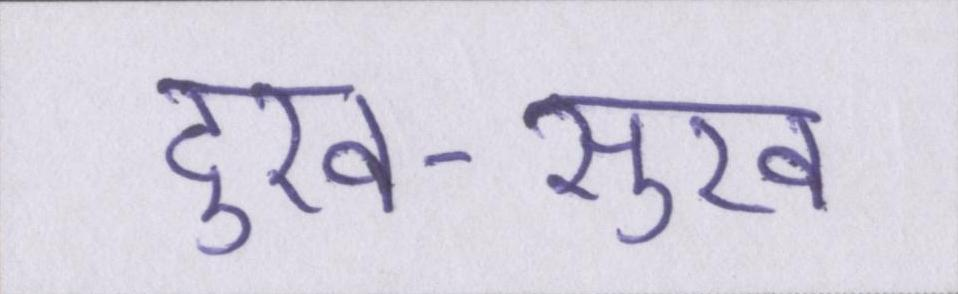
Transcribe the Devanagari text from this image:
दुख-सुख